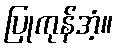
ပြုကုန်အံ့။